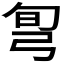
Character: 𢏔